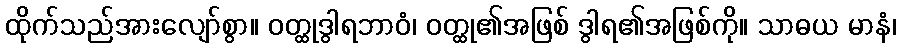
ထိုက်သည်အားလျော်စွာ။ ဝတ္ထုဒွါရဘာဝံ၊ ဝတ္ထု၏အဖြစ် ဒွါရ၏အဖြစ်ကို။ သာဓယ မာနံ၊